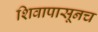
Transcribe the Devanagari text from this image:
शिवापासूनच